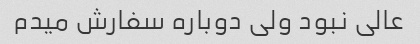
عالی نبود ولی دوباره سفارش میدم